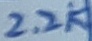
Text: 2.2K